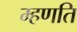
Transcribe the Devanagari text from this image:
म्हणति